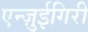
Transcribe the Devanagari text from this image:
एन्ज़ुईगिरी